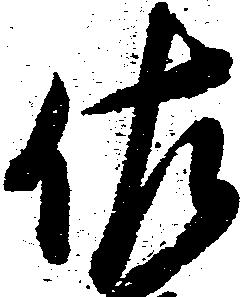
佐